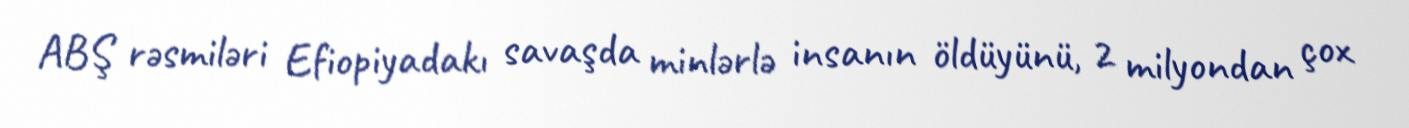
ABŞ rəsmiləri Efiopiyadakı savaşda minlərlə insanın öldüyünü, 2 milyondan çox